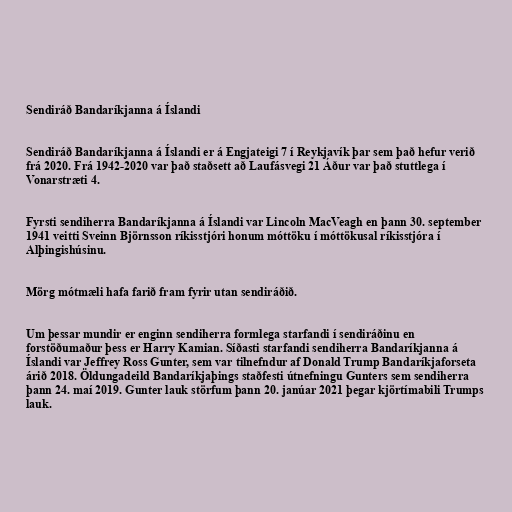
Sendiráð Bandaríkjanna á Íslandi

Sendiráð Bandaríkjanna á Íslandi er á Engjateigi 7 í Reykjavík þar sem það hefur verið
frá 2020. Frá 1942-2020 var það staðsett að Laufásvegi 21 Áður var það stuttlega í
Vonarstræti 4.

Fyrsti sendiherra Bandaríkjanna á Íslandi var Lincoln MacVeagh en þann 30. september
1941 veitti Sveinn Björnsson ríkisstjóri honum móttöku í móttökusal ríkisstjóra í
Alþingishúsinu.

Mörg mótmæli hafa farið fram fyrir utan sendiráðið.

Um þessar mundir er enginn sendiherra formlega starfandi í sendiráðinu en
forstöðumaður þess er Harry Kamian. Síðasti starfandi sendiherra Bandaríkjanna á
Íslandi var Jeffrey Ross Gunter, sem var tilnefndur af Donald Trump Bandaríkjaforseta
árið 2018. Öldungadeild Bandaríkjaþings staðfesti útnefningu Gunters sem sendiherra
þann 24. maí 2019. Gunter lauk störfum þann 20. janúar 2021 þegar kjörtímabili Trumps
lauk.